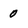
Character: 0